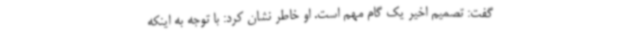
گفت: تصمیم اخیر یک گام مهم است. او خاطر نشان کرد: با توجه به اینکه